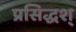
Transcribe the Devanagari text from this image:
प्रसिद्धश्